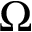
\Omega